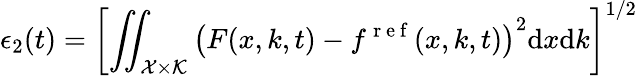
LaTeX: \epsilon_{2}(t)=\left[\iint_{\mathcal{X}\times\mathcal{K}}\left(F(x,k,t)-f^{\mathrm{~r~e~f~}}(x,k,t)\right)^{2}\mathrm{d}x\mathrm{d}k\right]^{1/2}